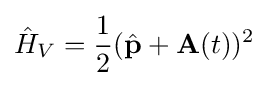
{\hat {H}}_{V}={\frac {1}{2}}({\hat {\textbf {p}}}+{\textbf {A}}(t))^{2}